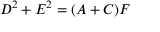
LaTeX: D ^ { 2 } + E ^ { 2 } = ( A + C ) F